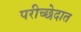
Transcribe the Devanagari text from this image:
परीच्छेदात